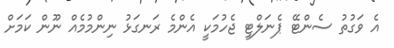
އެ ވަގުތު ސެންޓޭ ޕެނަލްޓީ ޖެހުމަކީ އެންމެ ރަނގަޅު ނިންމުމެއް ނޫން ކަމަށް